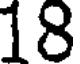
18